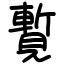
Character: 覱